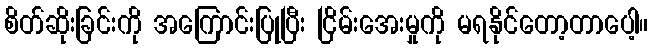
စိတ်ဆိုးခြင်းကို အကြောင်းပြုပြီး ငြိမ်းအေးမှုကို မရနိုင်တော့တာပေါ့။